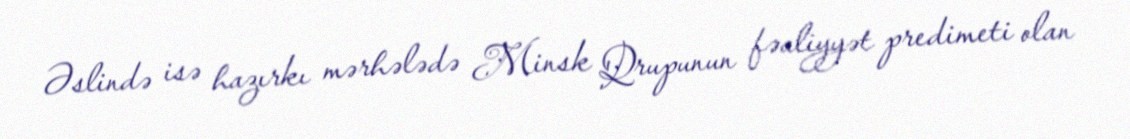
Əslində isə hazırkı mərhələdə Minsk Qrupunun fəaliyyət predimeti olan